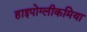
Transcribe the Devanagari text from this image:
हाइपोग्लीकमिया